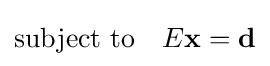
{\text{subject to}}\quad E\mathbf {x} =\mathbf {d}